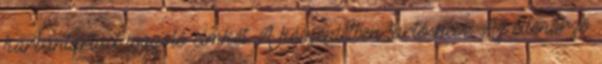
karbantartást igazoló címkét. A készenlétben tartó neve: Az ellenõrzõ